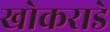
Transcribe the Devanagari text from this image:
खोकराडे